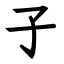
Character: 子